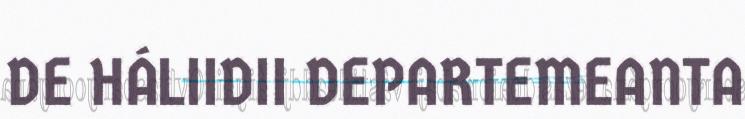
DE HÁLIIDII DEPARTEMEANTA